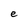
Character: e